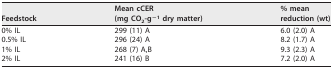
| Feedstock | Mean cCER (mg CO2-g−1 dry matter) | % mean reduction (wt) |
 | --- | --- | --- |
 | 0% IL | 299 (11) A | 6.0 (2.0) A |
 | 0.5% IL | 296 (24) A | 8.2 (1.7) A |
 | 1% IL | 268 (7) A,B | 9.3 (2.3) A |
 | 2% IL | 241 (16) B | 7.2 (2.0) A |